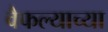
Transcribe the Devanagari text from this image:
वैफल्याच्या